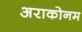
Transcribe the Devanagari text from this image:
अराकोनम